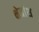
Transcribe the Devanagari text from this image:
क्षेत्रांश